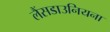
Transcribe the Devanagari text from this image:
लैंसडाउनियना